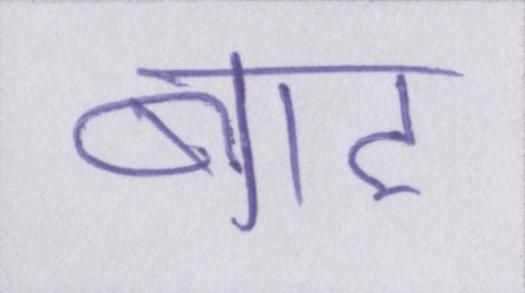
बाट